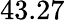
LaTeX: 43.27